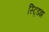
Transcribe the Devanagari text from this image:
स्ट्डिझ